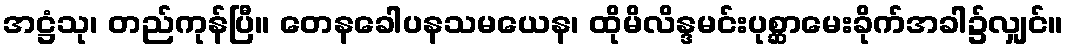
အဋ္ဌံသု၊ တည်ကုန်ပြီ။ တေနခေါပနသမယေန၊ ထိုမိလိန္ဒမင်းပုစ္ဆာမေးခိုက်အခါ၌လျှင်။